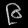
Digit: ၉